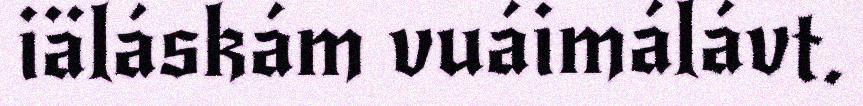
iäláskám vuáimálávt.